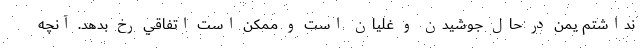
نداشتم يمن در حال جوشيدن و غليان است و ممكن است اتفاقي رخ بدهد. آنچه